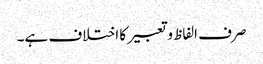
صرف الفاظ و تعبیر کا اختلاف ہے۔